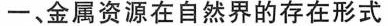
一、金属资源在自然界的存在形式